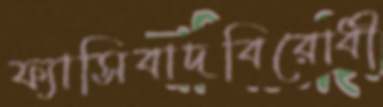
ফ্যাসিবাদবিরোধী